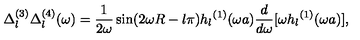
\Delta _ { l } ^ { ( 3 ) } \Delta _ { l } ^ { ( 4 ) } ( \omega ) = \frac { 1 } { 2 \omega } \sin ( 2 \omega R - l \pi ) { h _ { l } } ^ { ( 1 ) } ( \omega a ) { \frac { d } { d \omega } } [ \omega { h _ { l } } ^ { ( 1 ) } ( \omega a ) ] ,